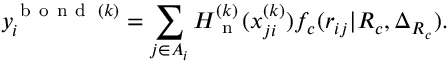
y _ { i } ^ { \mathrm { ~ b ~ o ~ n ~ d ~ } \: ( k ) } = \sum _ { j \in A _ { i } } H _ { \mathrm { ~ n ~ } } ^ { ( k ) } ( x _ { j i } ^ { ( k ) } ) f _ { c } ( r _ { i j } | R _ { c } , \Delta _ { R _ { c } } ) .